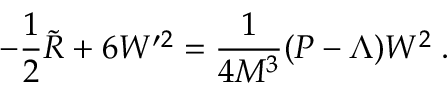
- \frac 1 2 \widetilde { R } + 6 W ^ { \prime 2 } = \frac 1 { 4 M ^ { 3 } } ( P - \Lambda ) W ^ { 2 } \; .